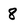
Character: 8